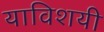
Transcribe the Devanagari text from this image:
याविशयी